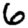
Digit: 6